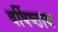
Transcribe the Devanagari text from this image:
वर्षिष्ठाय